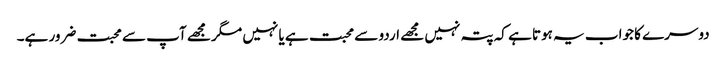
دوسرے کا جواب یہ ہوتا ہے کہ پتہ نہیں مجھے اردو سے محبت ہے یا نہیں مگر مجھے آپ سے محبت ضرور ہے۔